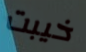
خيبت